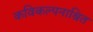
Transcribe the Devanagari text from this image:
कविकल्पनाश्रित